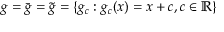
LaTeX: g = { \bar { g } } = { \tilde { g } } = \{ g _ { c } : g _ { c } ( x ) = x + c , c \in \mathbb { R } \}